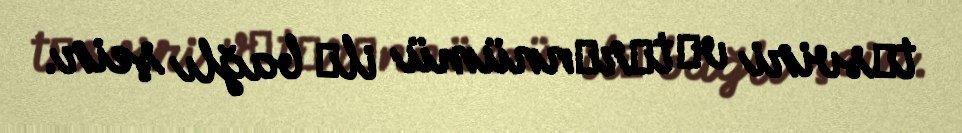
tәsviri vә tәrәnnümü ilә bağlı şeir.